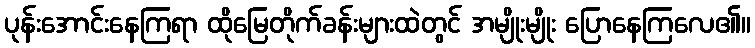
ပုန်းအောင်းနေကြရာ ထိုမြေတိုက်ခန်းများထဲတွင် အမျိုးမျိုး ပြောနေကြလေ၏။